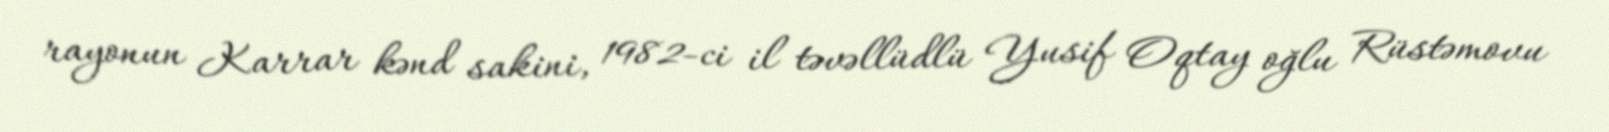
rayonun Karrar kənd sakini, 1982-ci il təvəllüdlü Yusif Oqtay oğlu Rüstəmovu